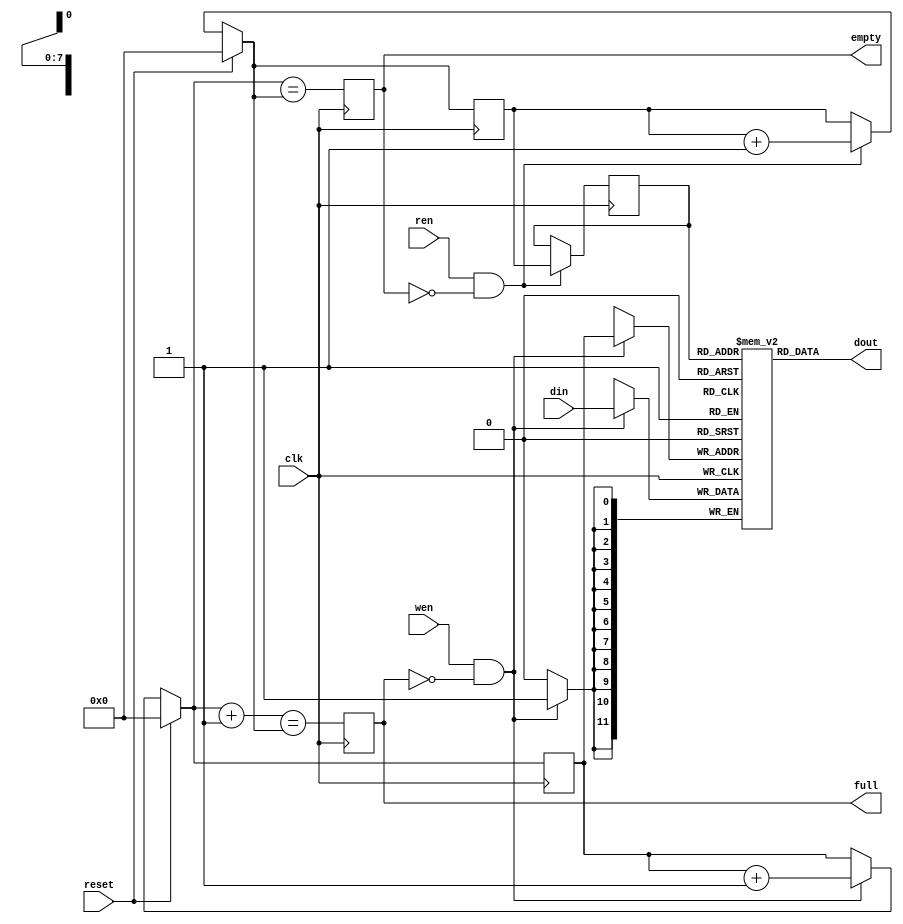
// This  Verilog HDL  source  file was  automatically generated
// by C++ model based on VPP library. Modification of this file
// is possible, but if you want to keep it in sync with the C++
// model,  please  modify  the model and re-generate this file.
// VPP library web-page: http://www.phys.ufl.edu/~madorsky/vpp/

// Timestamp : Tue Apr 19 16:45:54 2022

module l1a_bxn_fifo
(
    din,
    dout,
    wen,
    ren,
    reset,
    empty,
    full,
    clk
);

    input [11:0] din;
    output [11:0] dout;
    input wen;
    input ren;
    input reset;
    output empty;
    reg    empty;
    output full;
    reg    full;
    input clk;

    reg [11:0] mem [255:0];
    // synthesis attribute ram_style of mem is distributed
    reg [7:0] waddr;
    reg [7:0] raddr;
    reg [7:0] raddrr;
    always @(posedge clk) 
    begin
        if (wen && (!full)) 
        begin
            mem[waddr] = din;
            waddr = waddr + 1;
        end
        if (ren && (!empty)) 
        begin
            raddrr = raddr;
            raddr = raddr + 1;
        end
        if (reset) 
        begin
            waddr = 0;
            raddr = 0;
        end
        full = (waddr + 1) == raddr;
        empty = waddr == raddr;
    end
    assign dout = mem[raddrr];
endmodule